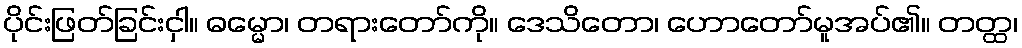
ပိုင်းဖြတ်ခြင်းငှါ။ ဓမ္မော၊ တရားတော်ကို။ ဒေသိတော၊ ဟောတော်မူအပ်၏။ တတ္ထ၊